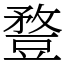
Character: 䜼